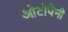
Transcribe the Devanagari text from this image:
ओटोपेनी